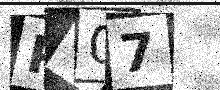
Text: P407